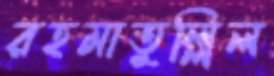
রহমাতুল্লিল